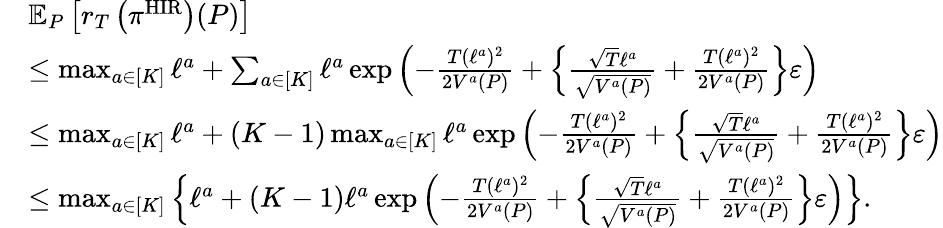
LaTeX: \begin{array}{rl}&{\mathbb{E}_{P}\left[r_{T}\left(\pi^{\mathrm{HIR}}\right)(P)\right]}\\ &{\leq\operatorname*{max}_{a\in[K]}\ell^{a}+\sum_{a\in[K]}\ell^{a}\exp\left(-\frac{T(\ell^{a})^{2}}{2V^{a}(P)}+\left\{ \frac{\sqrt{T}\ell^{a}}{\sqrt{V^{a}(P)}}+\frac{T(\ell^{a})^{2}}{2V^{a}(P)}\right\} \varepsilon\right)}\\ &{\leq\operatorname*{max}_{a\in[K]}\ell^{a}+(K-1)\operatorname*{max}_{a\in[K]}\ell^{a}\exp\left(-\frac{T(\ell^{a})^{2}}{2V^{a}(P)}+\left\{ \frac{\sqrt{T}\ell^{a}}{\sqrt{V^{a}(P)}}+\frac{T(\ell^{a})^{2}}{2V^{a}(P)}\right\} \varepsilon\right)}\\ &{\leq\operatorname*{max}_{a\in[K]}\left\{ \ell^{a}+(K-1)\ell^{a}\exp\left(-\frac{T(\ell^{a})^{2}}{2V^{a}(P)}+\left\{ \frac{\sqrt{T}\ell^{a}}{\sqrt{V^{a}(P)}}+\frac{T(\ell^{a})^{2}}{2V^{a}(P)}\right\} \varepsilon\right)\right\} .}\end{array}